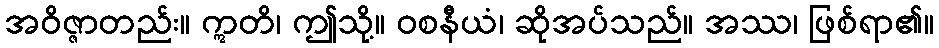
အဝိဇ္ဇာတည်း။ ဣတိ၊ ဤသို့။ ဝစနီယံ၊ ဆိုအပ်သည်။ အဿ၊ ဖြစ်ရာ၏။